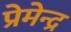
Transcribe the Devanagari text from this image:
प्रेमेन्द्र